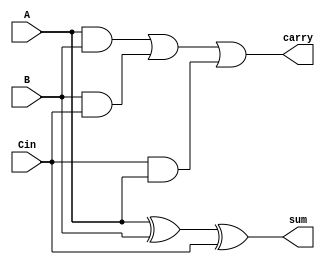
module Full_adder(A,B,Cin,sum,carry);
input A,B,Cin;
output sum,carry;


///code

assign sum = A^B^Cin;
assign carry= (A&B)|(B&Cin)|(Cin&A);

endmodule